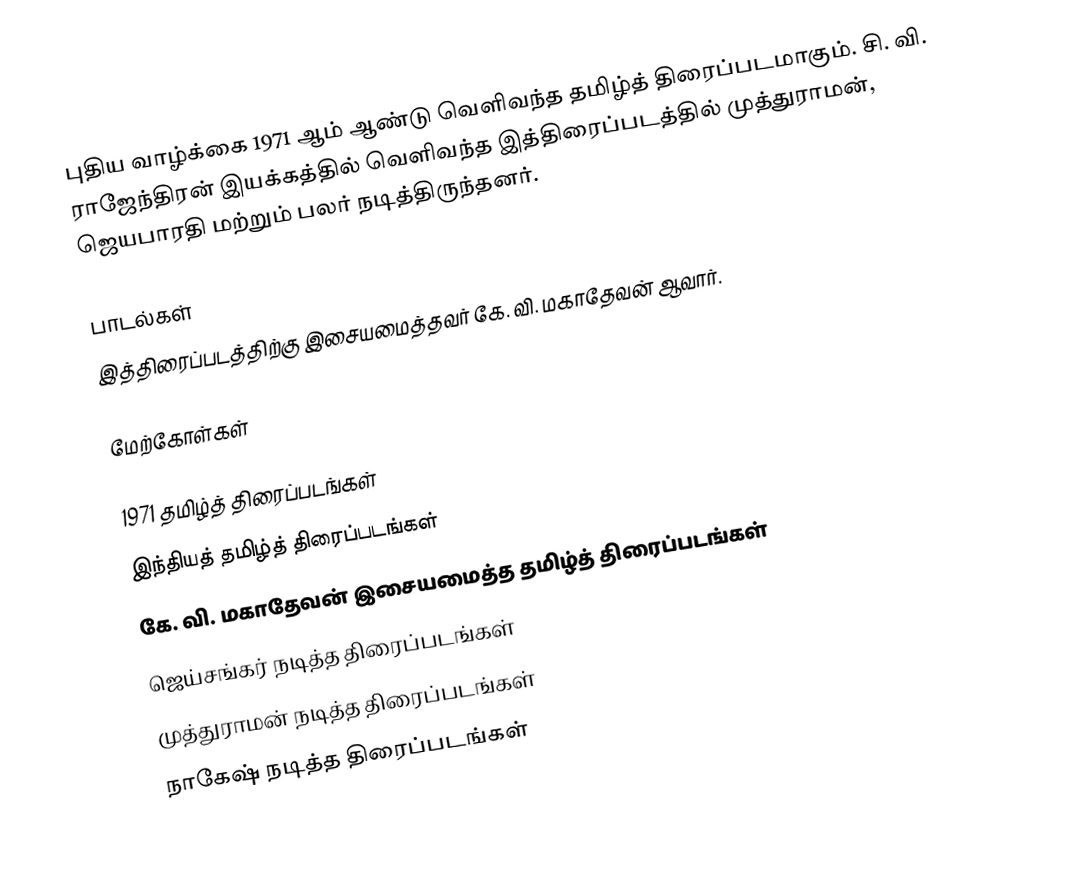
புதிய வாழ்க்கை 1971 ஆம் ஆண்டு வெளிவந்த தமிழ்த் திரைப்படமாகும். சி. வி. ராஜேந்திரன் இயக்கத்தில் வெளிவந்த இத்திரைப்படத்தில் முத்துராமன், ஜெயபாரதி மற்றும் பலர் நடித்திருந்தனர்.

பாடல்கள்
இத்திரைப்படத்திற்கு இசையமைத்தவர் கே. வி. மகாதேவன் ஆவார்.

மேற்கோள்கள்

1971 தமிழ்த் திரைப்படங்கள்
இந்தியத் தமிழ்த் திரைப்படங்கள்
கே. வி. மகாதேவன் இசையமைத்த தமிழ்த் திரைப்படங்கள்
ஜெய்சங்கர் நடித்த திரைப்படங்கள்
முத்துராமன் நடித்த திரைப்படங்கள்
நாகேஷ் நடித்த திரைப்படங்கள்